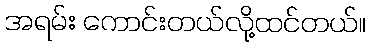
အရမ်း ကောင်းတယ်လို့ထင်တယ်။